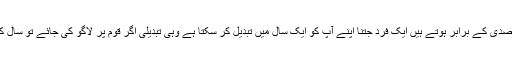
قوموں کے سال فرد کے مقابلے میں صدی کے برابر ہوتے ہیں ایک فرد جتنا اپنے آپ کو ایک سال میں تبدیل کر سکتا ہے وہی تبدیلی اگر قوم پر لاگو کی جائے تو سال کی بجائے نصف صدی لگ جائے گی۔